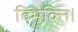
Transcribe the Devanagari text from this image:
विभक्ति।